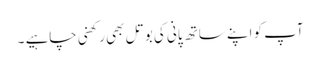
آپ کو اپنے ساتھ پانی کی بوتل بھی رکھنی چاہیے ۔